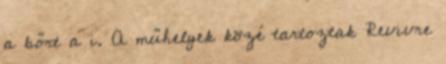
a bőrt a i. A műhelyek közé tartoztak Revivre